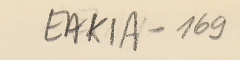
EAK1A - 169